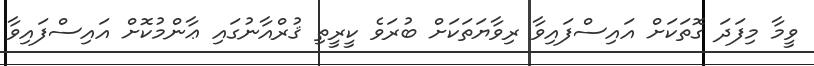
ވީމާ މިފަދަ ގޮތަކަށް އައިސްފައިވާ ރިވާޔަތަކަށް ބުރަވެ ކީރީތި ޤުރްއާނުގައި ޢާންމުކޮށް އައިސްފައިވާ